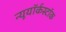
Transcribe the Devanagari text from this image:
न्यूयॉर्कस्टॉक